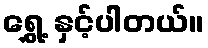
ရွှေ့ နှင့်ပါတယ်။